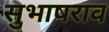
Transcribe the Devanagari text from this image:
सुभाषराव